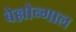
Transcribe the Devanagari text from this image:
बेल्लोन्गाल